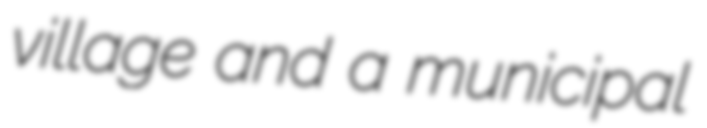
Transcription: village and a municipal